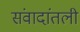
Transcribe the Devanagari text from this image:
संवादांतली